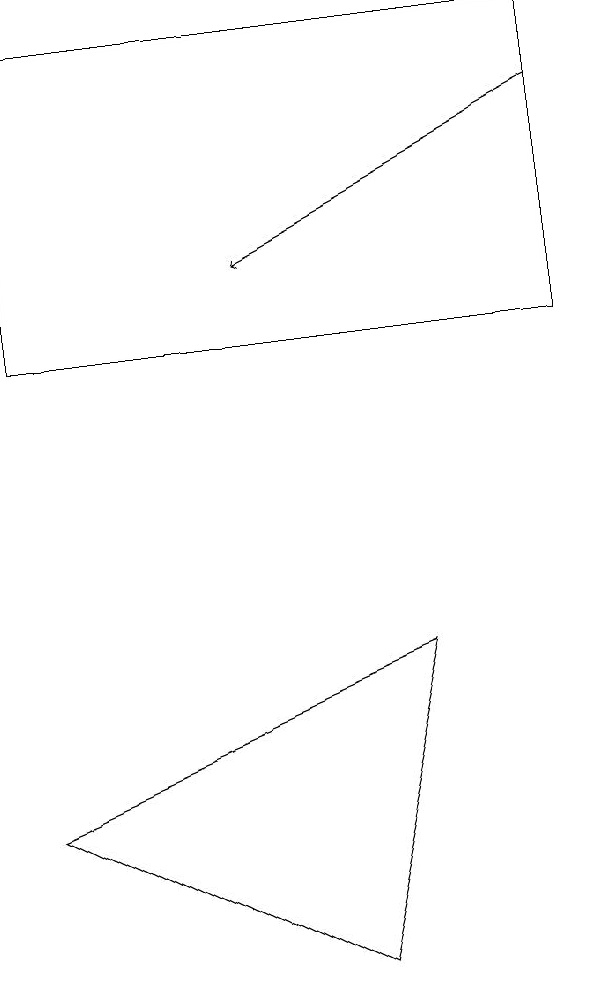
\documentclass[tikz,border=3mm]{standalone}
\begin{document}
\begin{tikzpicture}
\draw (4,2) -- (0,4) -- (5,6) -- cycle;
\draw[->] (7,13) -- (3,11);
\draw (7,10) rectangle (0,14);
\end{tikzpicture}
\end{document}